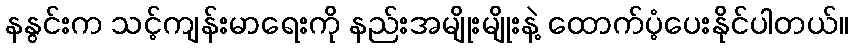
နနွင်းက သင့်ကျန်းမာရေးကို နည်းအမျိုးမျိုးနဲ့ ထောက်ပံ့ပေးနိုင်ပါတယ်။